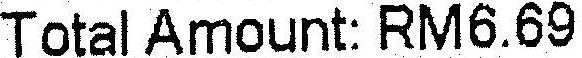
TOTAL AMOUNT: RM6.69